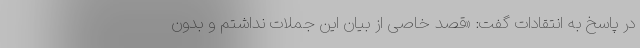
در پاسخ به انتقادات گفت: «قصد خاصی از بیان این جملات نداشتم و بدون